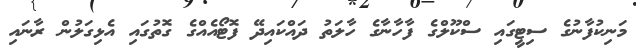
މަނިކުފާނުގެ ސިޓީގައި ސްކޫލްގެ ފާހާނާގެ ހާލަތު ދައްކައިދޭ ފޮޓޯއެއްގެ ގޮތުގައި އެޅިގަލުން ރާނައި